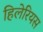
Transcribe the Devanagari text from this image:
हिलेरियस